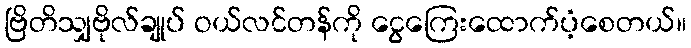
ဗြိတိသျှဗိုလ်ချုပ် ဝယ်လင်တန်ကို ငွေကြေးထောက်ပံ့စေတယ်။